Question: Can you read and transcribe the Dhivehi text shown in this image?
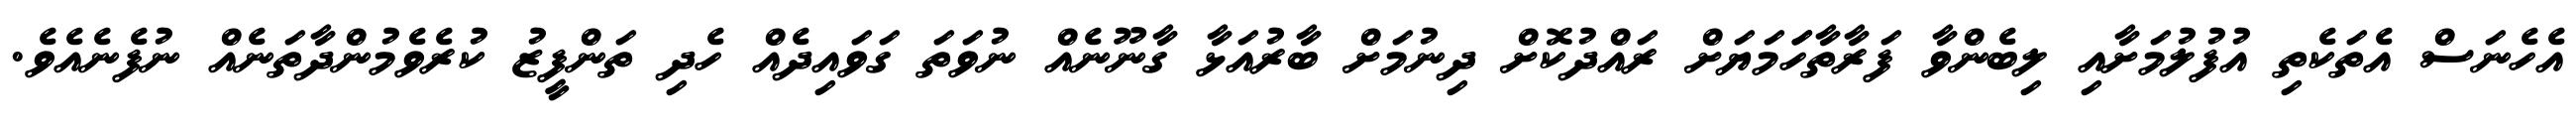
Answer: އެހެނަސް އެތަކެތި އުފުލުމަށާއި ލިބެންވާ ފަރާތާހަަމަޔަށް ރައްދުކޮށް ދިނުމަށް ބާރުއަޅާ ގާނޫނެއް ނުވަތަ ގަވައިދެއް ހެދި ތަންފީޒު ކުރެވެމުންދާތަނެއް ނުފެނެއެވެ.